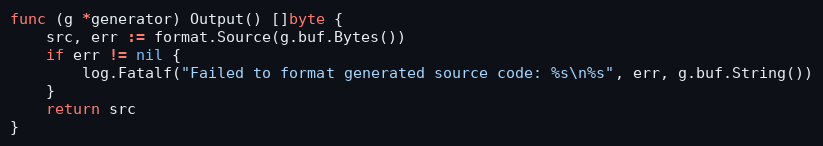
Language: Go
func (g *generator) Output() []byte {
	src, err := format.Source(g.buf.Bytes())
	if err != nil {
		log.Fatalf("Failed to format generated source code: %s\n%s", err, g.buf.String())
	}
	return src
}